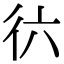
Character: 𢓌